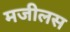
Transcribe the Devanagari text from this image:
मजीलस